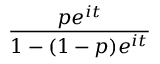
\frac { p e ^ { i t } } { 1 - ( 1 - p ) e ^ { i t } }